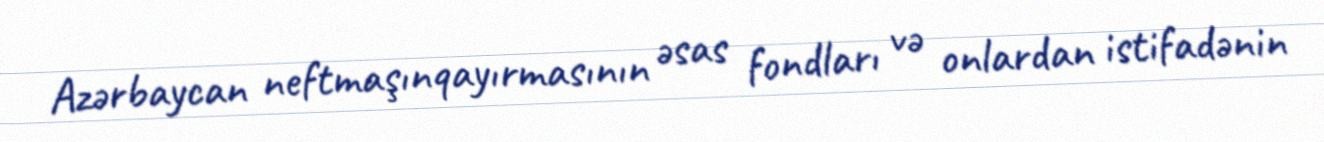
Azərbaycan neftmaşınqayırmasının əsas fondları və onlardan istifadənin